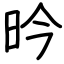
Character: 昑